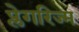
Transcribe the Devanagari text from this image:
प्लेगरिज्म